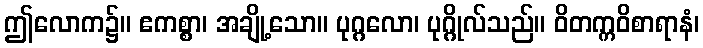
ဤလောက၌။ ဧကစ္စာ၊ အချို့သော။ ပုဂ္ဂလော၊ ပုဂ္ဂိုလ်သည်။ ဝိတက္ကဝိစာရာနံ၊